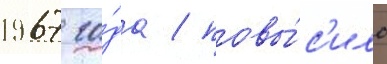
1967 го́да / повы́с'ило